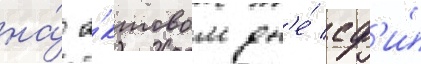
на́ а́ктовом дн'е́ сф'и́